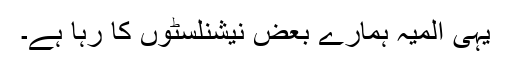
یہی المیہ ہمارے بعض نیشنلسٹوں کا رہا ہے۔